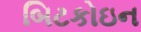
બિટકોઇન